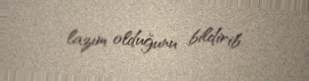
lazım olduğunu bildirib.